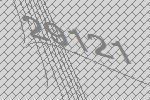
29121